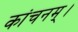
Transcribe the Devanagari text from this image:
कांचनम्।